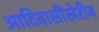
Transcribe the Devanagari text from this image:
आदिवासींखेरीज